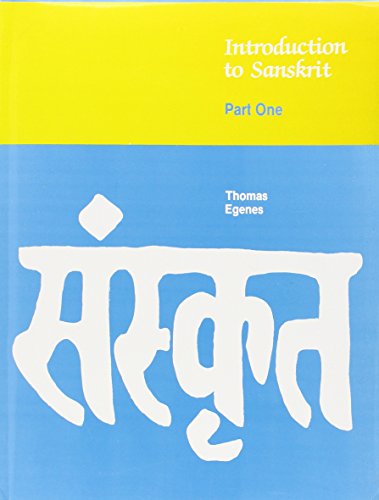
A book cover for Introduction to Sanskrit, Part 1; Thomas Egenes; Reference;